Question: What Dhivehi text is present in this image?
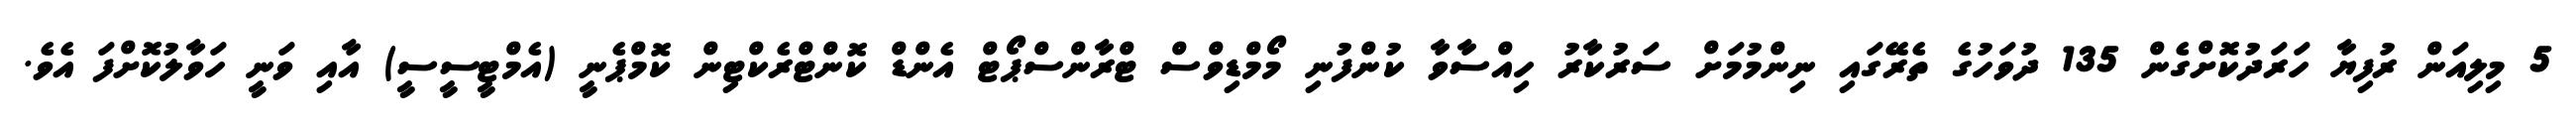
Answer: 5 މިލިއަން ރުފިޔާ ހަރަދުކޮށްގެން 135 ދުވަހުގެ ތެރޭގައި ނިންމުމަށް ސަރުކާރު ހިއްސާވާ ކުންފުނި މޯމްޑިވްސް ޓްރާންސްޕޯޓް އެންޑް ކޮންޓްރެކްޓިން ކޮމްޕެނީ (އެމްޓީސީސީ) އާއި ވަނީ ހަވާލުކޮށްފަ އެވެ.